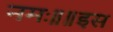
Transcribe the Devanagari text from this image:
नमः॥॥इस